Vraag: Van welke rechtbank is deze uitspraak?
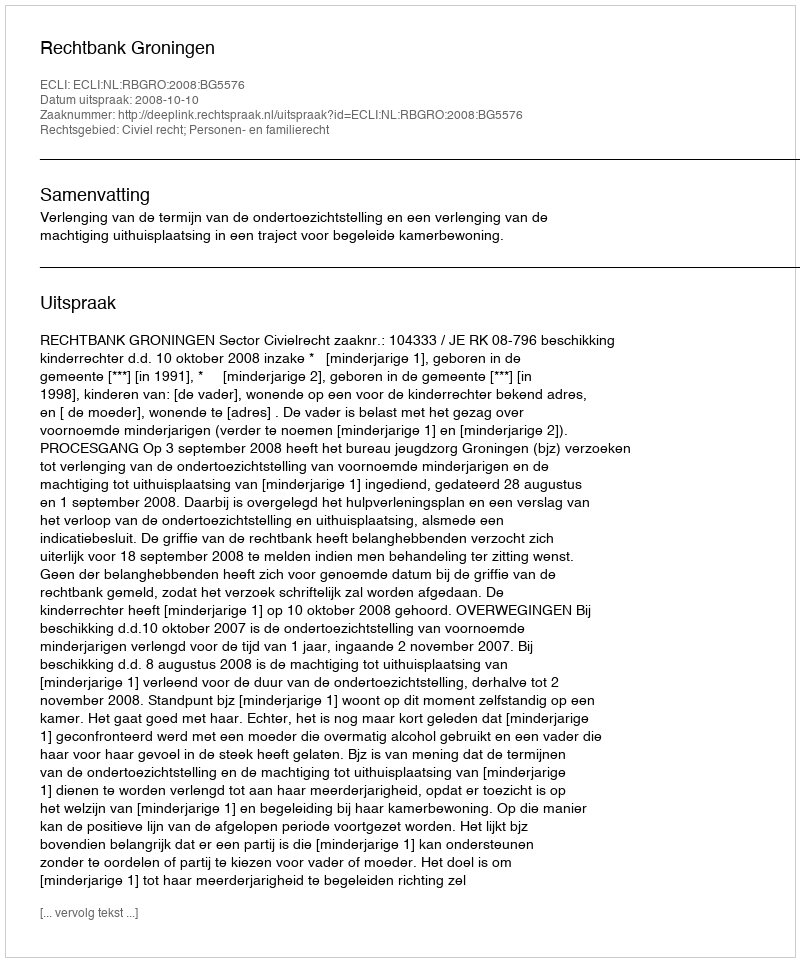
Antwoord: Rechtbank Groningen